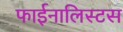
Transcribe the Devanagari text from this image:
फाईनालिस्टस